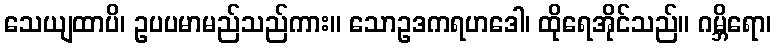
သေယျထာပိ၊ ဥပပမာမည်သည်ကား။ သောဥဒကရဟဒေါ၊ ထိုရေအိုင်သည်။ ဂမ္ဘိရော၊